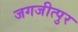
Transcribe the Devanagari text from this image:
जगजीत्पुर